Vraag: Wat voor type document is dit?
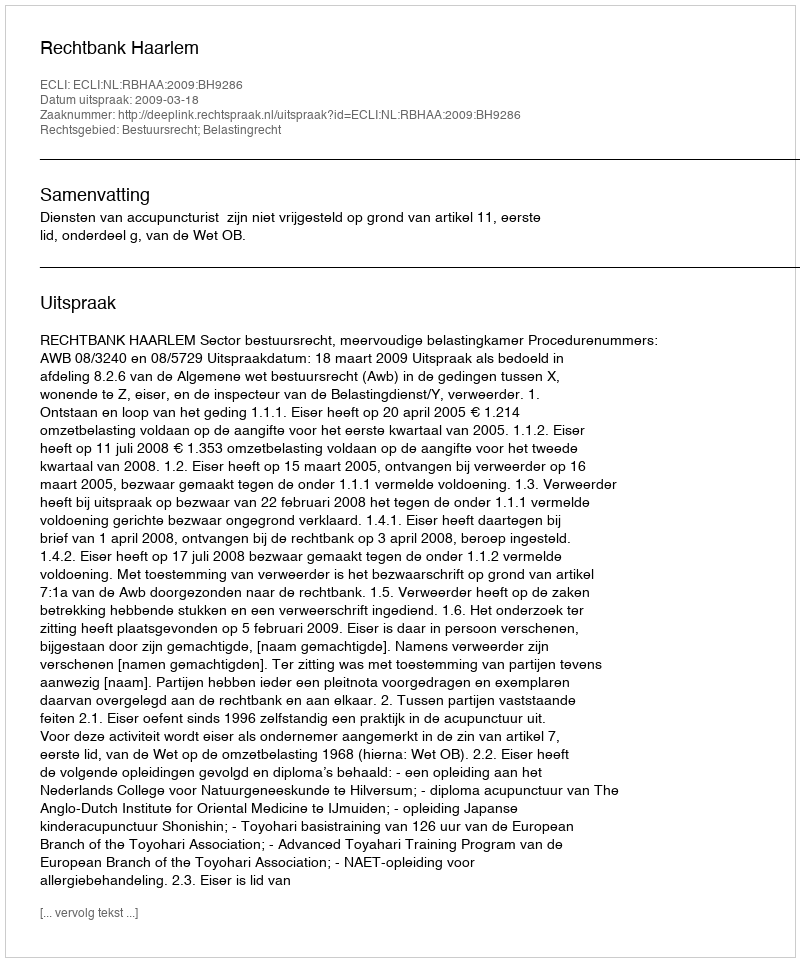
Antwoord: Uitspraak